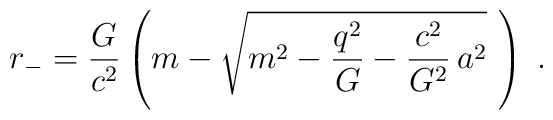
r_{-} = \frac{G}{c^2} \left( m - \sqrt{m^2 - \frac{q^2}{G}  -\frac{c^2}{G^2} \, a^2} \,\, \right) \; .